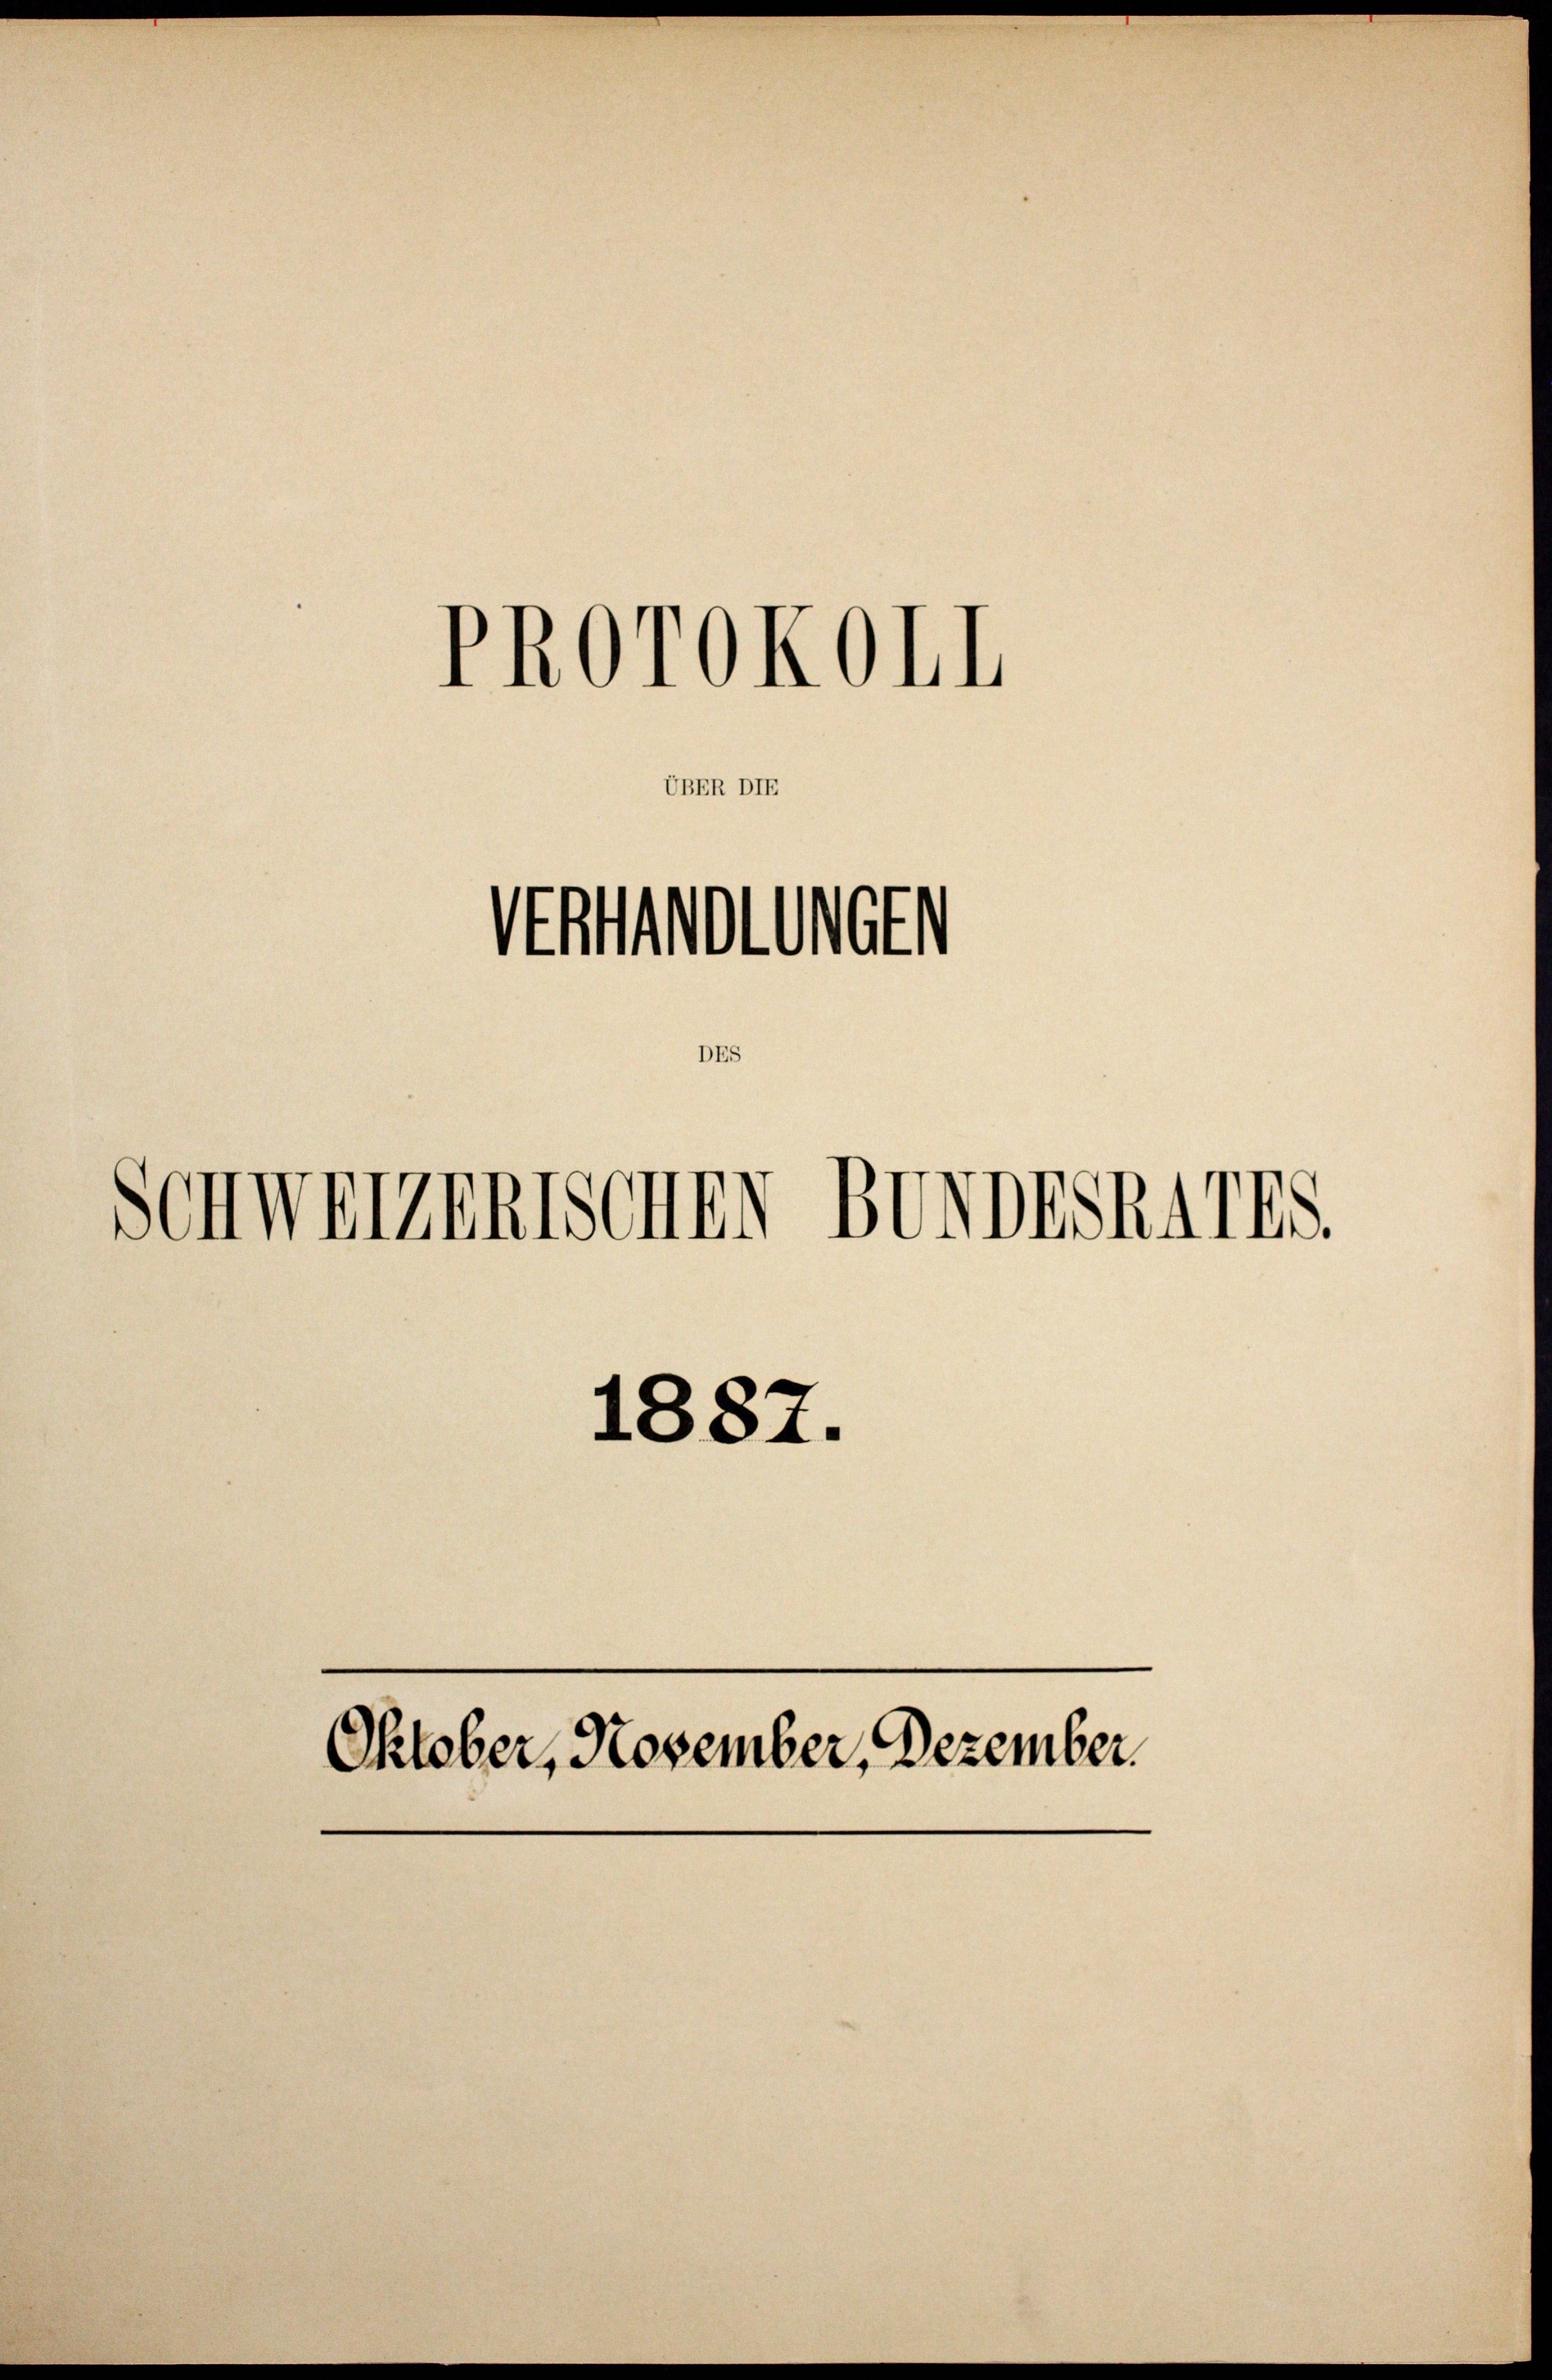
UBER DIE
Untolomber
E

Schwerzenssenen Bundeskarts.

PROrOkohl

1882.
Oktober, November, Dezember